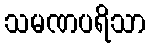
သမဏပရိသာ